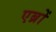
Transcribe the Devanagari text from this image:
एब्रों